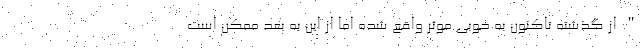
" از گذشته تاکنون به خوبی موثر واقع شده اما از این به بعد ممکن است